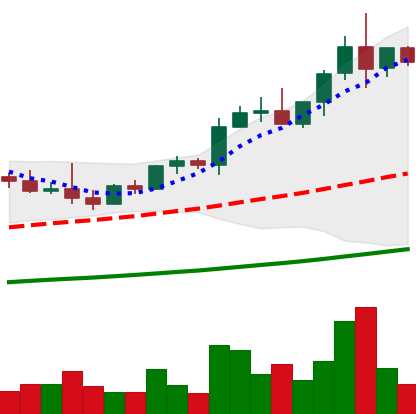
Ticker: NEO-USD
Chart end date: 2021-04-09
Forward return: 13.351%
Label: up_7plus